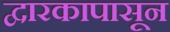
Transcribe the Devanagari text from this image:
द्वारकापासून